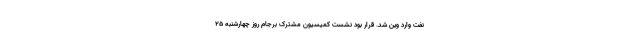
نفت وارد وین شد. قرار بود نشست کمیسیون مشترک برجام روز چهارشنبه ۲۵